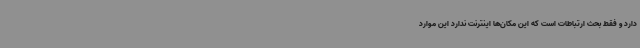
دارد و فقط بحث ارتباطات است که این مکان‌ها اینترنت ندارد این موارد